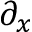
\partial _ { x }